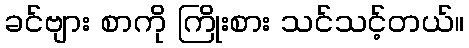
ခင်ဗျား စာကို ကြိုးစား သင်သင့်တယ်။